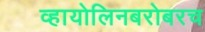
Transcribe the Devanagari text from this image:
व्हायोलिनबरोबरच